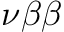
\nu \beta \beta